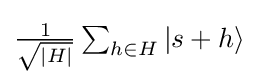
{\textstyle {\frac {1}{\sqrt {|H|}}}\sum _{h\in H}|s+h\rangle }